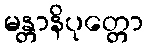
မန္တာနိပုတ္တော